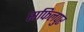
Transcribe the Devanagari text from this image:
सफिलपुर